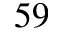
5 9